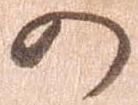
か